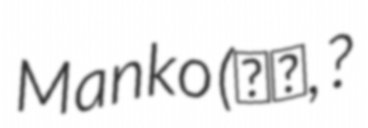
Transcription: Manko (万乎, ?